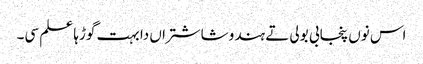
اس نوں پنجابی بولی تے ہندو شاشتراں دا بہت گوڑہا علم سی۔